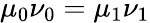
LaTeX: \mu_{0}\nu_{0}=\mu_{1}\nu_{1}